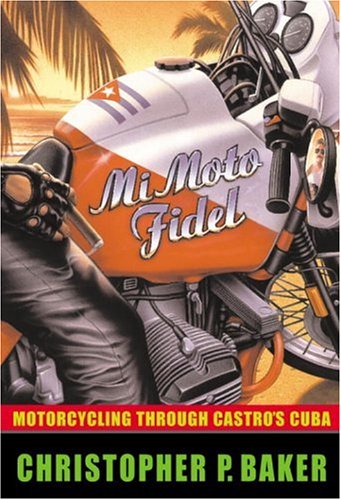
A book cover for Mi Moto Fidel: Motorcycling Through Castro's Cuba (Adventure Press); Christopher Baker; Sports & Outdoors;